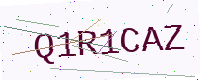
Text: Q1R1CAZ